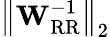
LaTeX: \left\Vert\mathbf{W}_{\mathrm{RR}}^{-1}\right\Vert_{2}